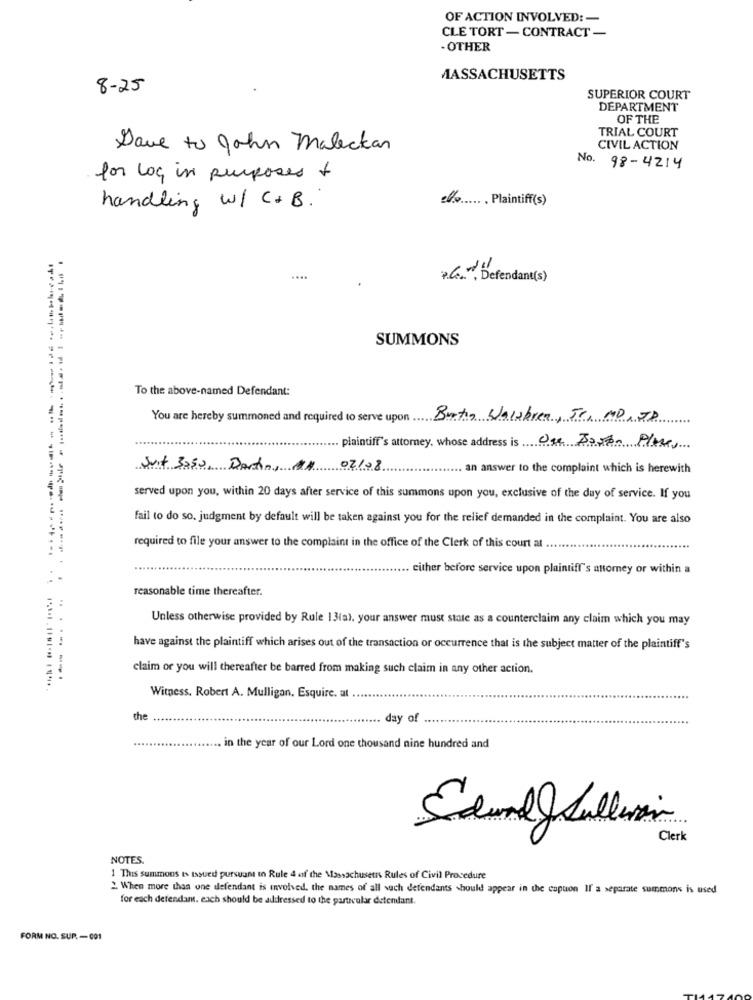
OF ACTION INVOLVED: -
CLE TORT - CONTRACT -
- OTHER
MASSACHUSETTS
8 - 25
SUPERIOR COURT
DEPARTMENT
OF THE
TRIAL COURT
Dave to John Maleckan
CIVIL ACTION
No. 98-4214
for log in purposes +
%. Plaintiff(s)
handling w/ C+B.
....
*Gar, Defendant(s)
SUMMONS
To the above-named Defendant:
You are hereby summoned and required to serve upon Bertin Walabrea, Sr, MO,JD
plaintiff's attorney, whose address is One Boron Place,
Suit 3050, Dartin, A4
02/08
... an answer to the complaint which is herewith
served upon you, within 20 days after service of this summons upon you, exclusive of the day of service. If you
fail to do so. judgment by default will be taken against you for the relief demanded in the complaint. You are also
required to file your answer to the complaint in the office of the Clerk of this court at
.. either before service upon plaintiff's attorney or within a
reasonable time thereafter.
Unless otherwise provided by Rule 13(a). your answer must state as a counterclaim any claim which you may
have against the plaintiff which arises out of the transaction or occurrence that is the subject matter of the plaintiff's
claim or you will thereafter be barred from making such claim in any other action.
...----.
Witness. Robert A. Mulligan. Esquire. at .
the
........
day of
in the year of our Lord one thousand nine hundred and
Clerk
NOTES.
1 This summons is issued pursuant to Rule 4 of the Massachusetts Rules of Civil Procedure
2 When more than une defendant is involved, the names of all such defendants should appear in the caption Il a separate summons is used
for each defendant. each should be addressed to the particular detenfant.
FORM NO. SUP - 001